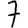
Digit: 7